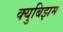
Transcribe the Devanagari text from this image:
क्युबिझम